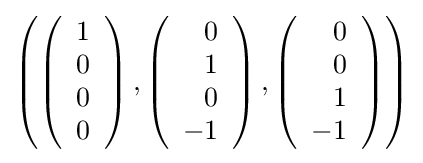
\left(\left({\begin{array}{r}1\\0\\0\\0\end{array}}\right),\left({\begin{array}{r}0\\1\\0\\-1\end{array}}\right),\left({\begin{array}{r}0\\0\\1\\-1\end{array}}\right)\right)